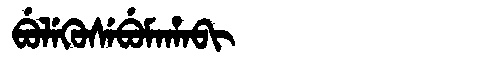
Manchu: ᠪᡠᠯᡝᡴᡠᠰᡝᠪᡠᠮᠠᡥᠠᠪᡳ
Romanization: BULEKUSEBUMAHABI